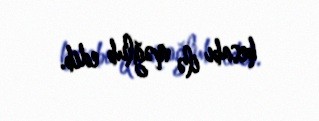
hesabı ilə məğlub edib.